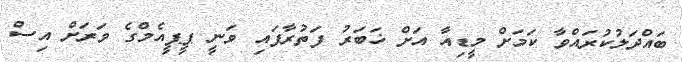
ބައްދަލުކުރައްވާ ކަމަށް މީޑިއާ އަށް ޚަބަރު ފަތުރާފައި ވަނީ ޕީޕީއެމްގެ ވަރަށް އިސް